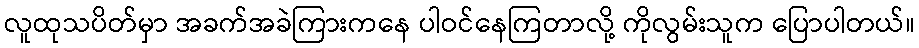
လူထုသပိတ်မှာ အခက်အခဲကြားကနေ ပါဝင်နေကြတာလို့ ကိုလွမ်းသူက ပြောပါတယ်။